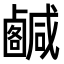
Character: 𢨟